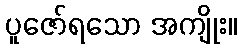
ပူဇော်ရသော အကျိုး။